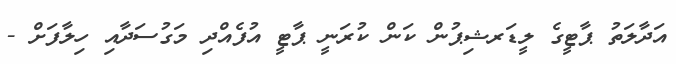
އަދާލަތު ޕާޓީގެ ލީޑަރޝިޕުން ކަން ކުރަނީ ޕާޓީ އުފެއްދި މަގުސަދާއި ހިލާފަށް -